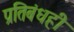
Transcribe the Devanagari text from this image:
प्रतिबंधही